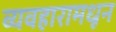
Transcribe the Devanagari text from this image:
व्यवहारामधून